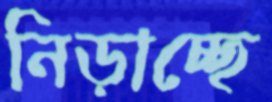
নিড়াচ্ছে